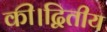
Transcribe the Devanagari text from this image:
की।द्वितीय